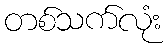
တစ်သက်လုံး